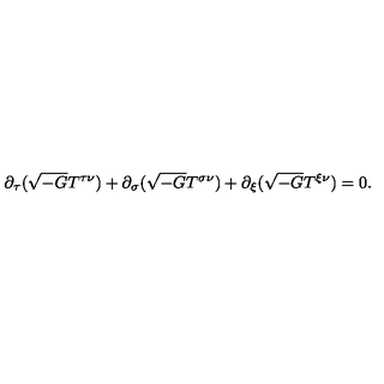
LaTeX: \partial _ { \tau } ( \sqrt { - G } T ^ { \tau \nu } ) + \partial _ { \sigma } ( \sqrt { - G } T ^ { \sigma \nu } ) + \partial _ { \xi } ( \sqrt { - G } T ^ { \xi \nu } ) = 0 .